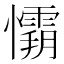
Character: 𭟘